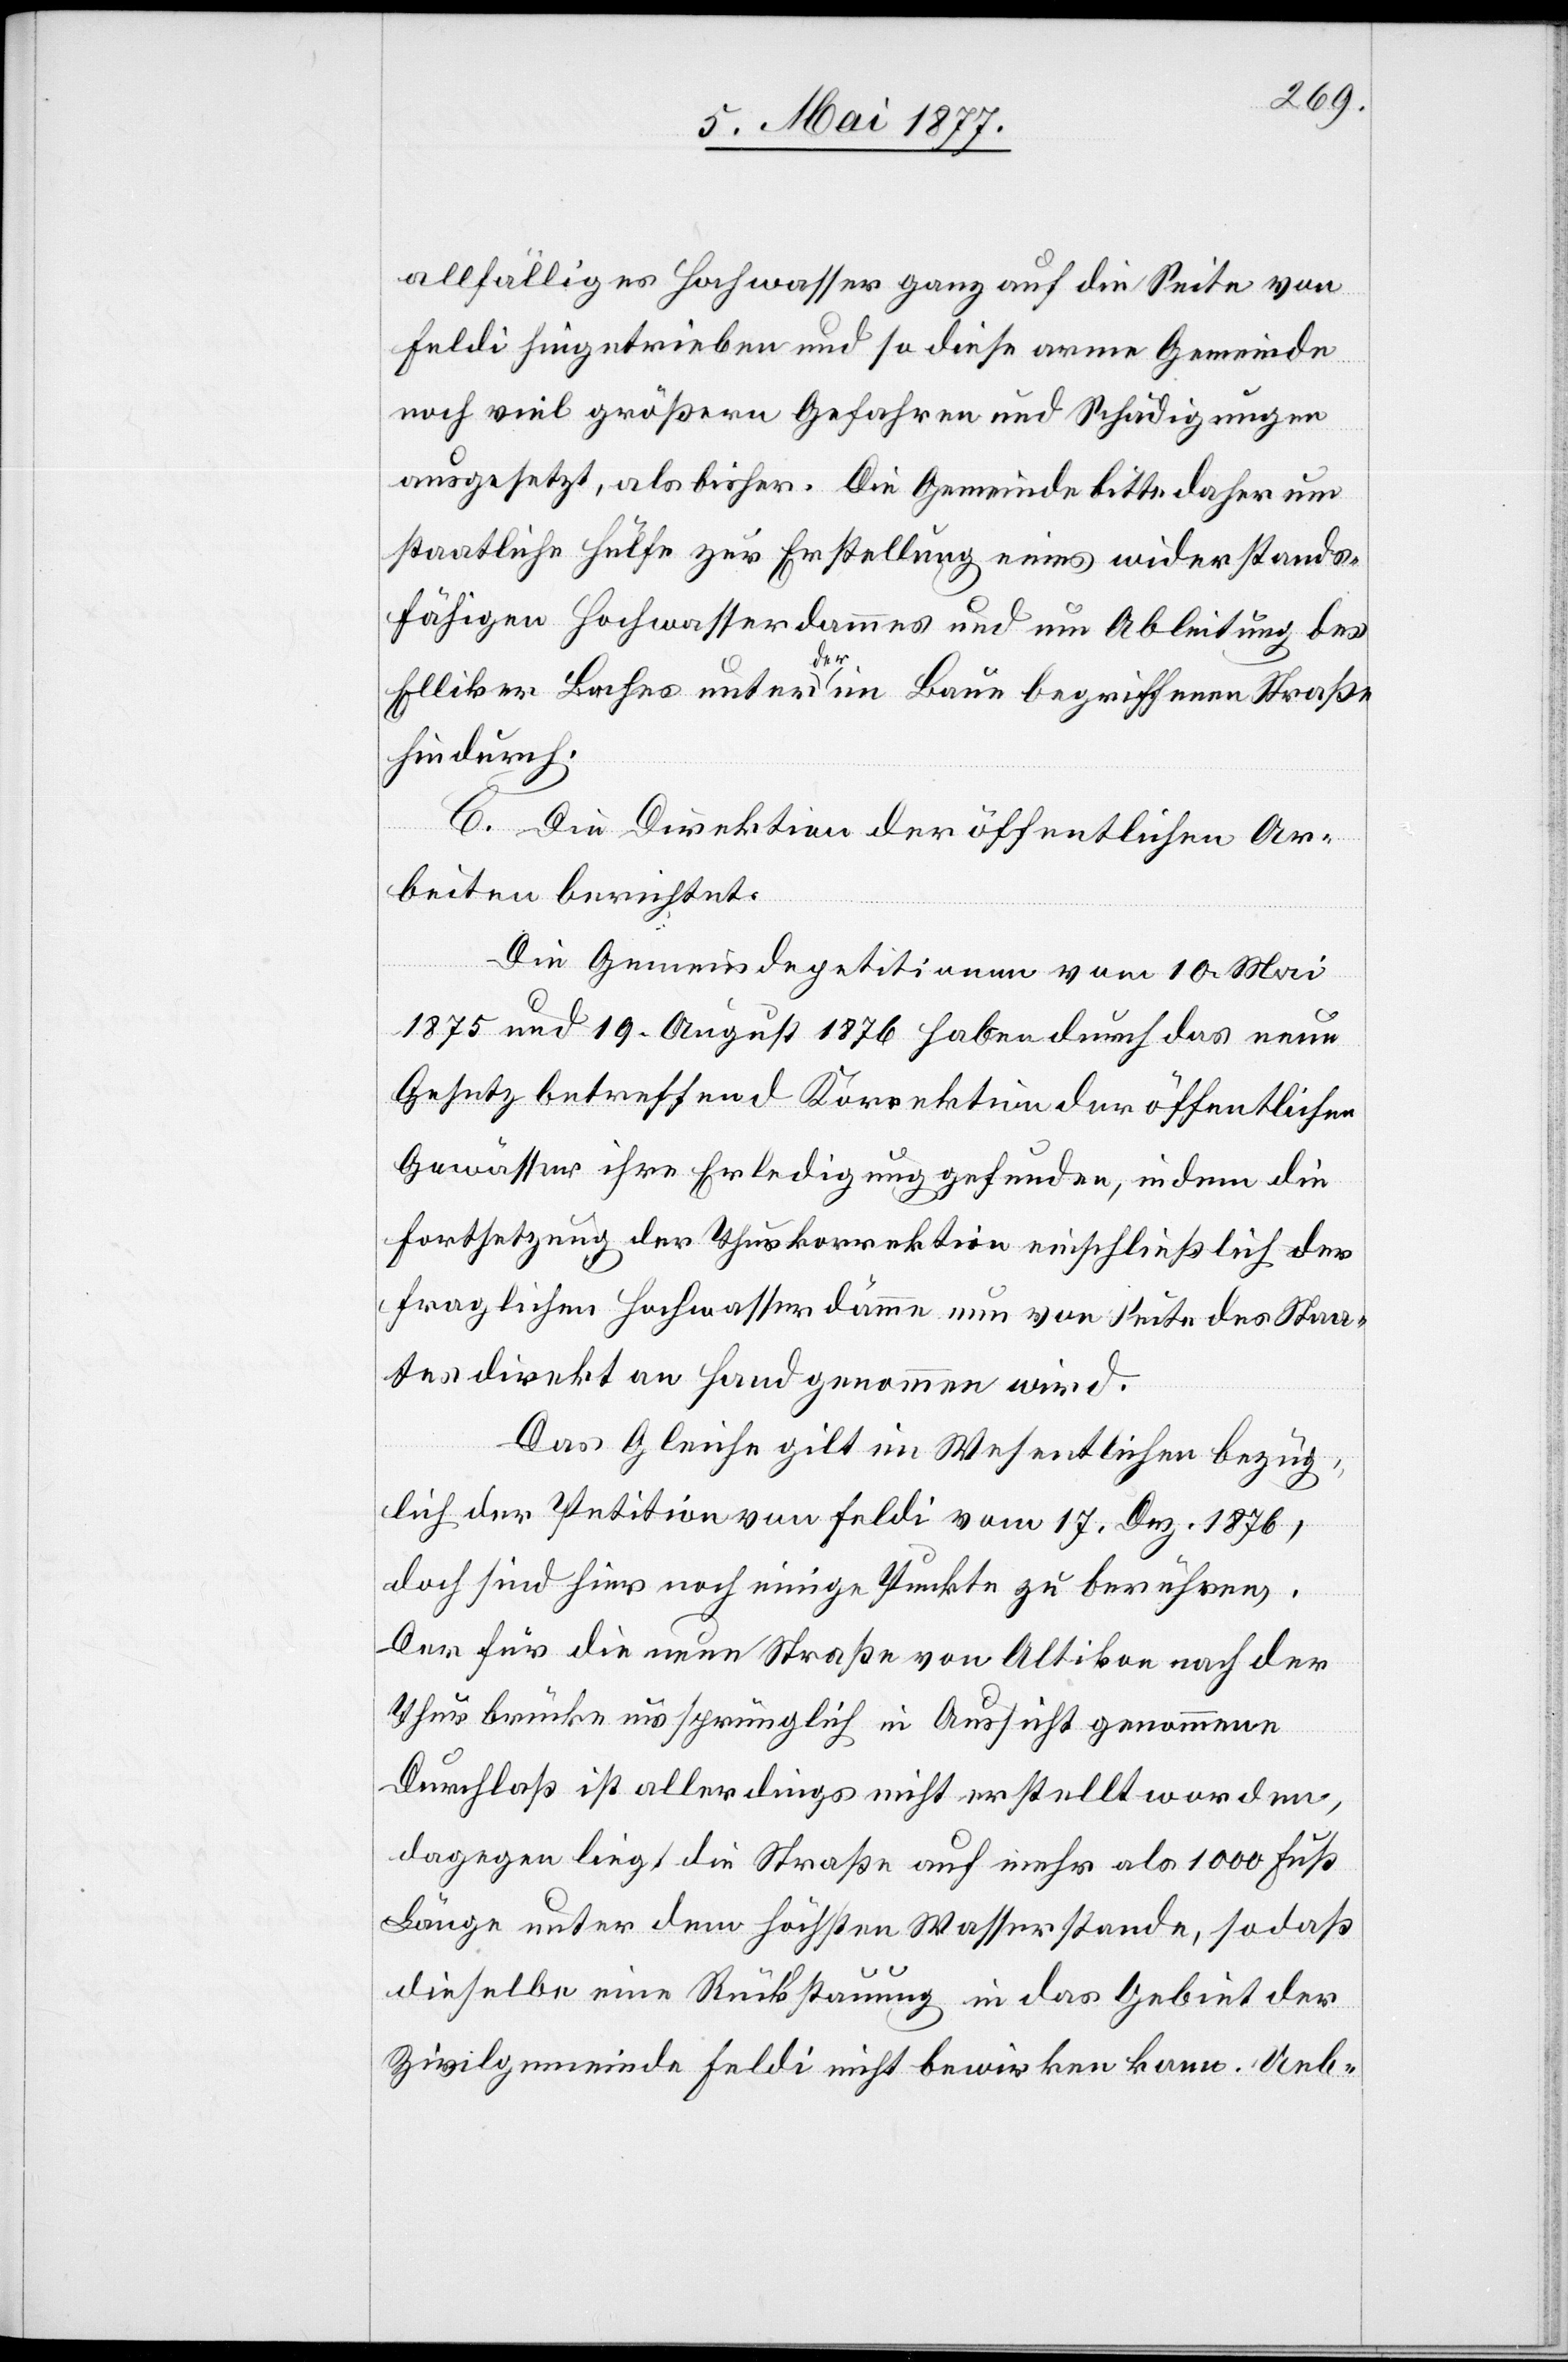
allfälliges Hochwasser ganz auf die Seite von
Feldi hingetrieben und so diese arme Gemeinde
noch viel größern Gefahren und Schädigungen
ausgesetzt, als bisher. Die Gemeinde bitte daher um
staatliche Hülfe zur Erstellung eines widerstands¬
fähigen Hochwasserdammes und um Ableitung des
Elliker Baches unter der im Baue begriffenen Straße
hindurch.
C. Die Direktion der öffentlichen Ar¬
beiten berichtet:
Die Gemeindepetitionen vom 10. Mai
1875 und 19. August 1876 haben durch das neue
Gesetz betreffend Korrektion der öffentlichen
Gewässer ihre Erledigung gefunden, indem die
Fortsetzung der Thurkorrektion einschließlich der
fraglichen Hochwasserdämme nun von Seite des Staa¬
tes direkt an Hand genommen wird.
Das Gleiche gilt im Wesentlichen bezüg¬
lich der Petition von Feldi vom 17. Dez. 1876,
doch sind hier noch einige Punkte zu berühren.
Der für die neue Straße von Altikon nach der
Thurbrücke ursprünglich in Aussicht genommene
Durchlaß ist allerdings nicht erstellt worden,
dagegen liegt die Straße auf mehr als 1000 Fuß
Länge unter dem höchsten Wasserstande, so daß
dieselbe eine Rückstauung in das Gebiet der
Zivilgemeinde Feldi nicht bewirken kann. Ueb-